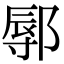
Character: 鄏